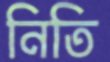
নিতি